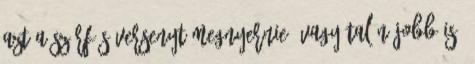
azt a szörfös versenyt megnyernie, vagy talán jobb is?